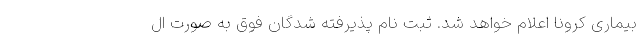
بیماری کرونا اعلام خواهد شد. ثبت نام پذیرفته شدگان فوق به صورت ال